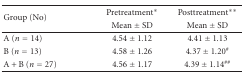
<table><thead><tr><td rowspan="2"><b>Group (No)</b></td><td><b>Pretreatment*</b></td><td><b>Posttreatment**</b></td></tr><tr><td><b>Mean ± SD</b></td><td><b>Mean ± SD</b></td></tr></thead><tbody><tr><td>A (<i>n</i> = 14)</td><td>4.54 ± 1.12</td><td>4.41 ± 1.13</td></tr><tr><td>B (<i>n</i> = 13)</td><td>4.58 ± 1.26</td><td>4.37 ± 1.20<sup>#</sup></td></tr><tr><td>A + B (<i>n</i> = 27)</td><td>4.56 ± 1.17</td><td>4.39 ± 1.14<sup>##</sup></td></tr></tbody></table>